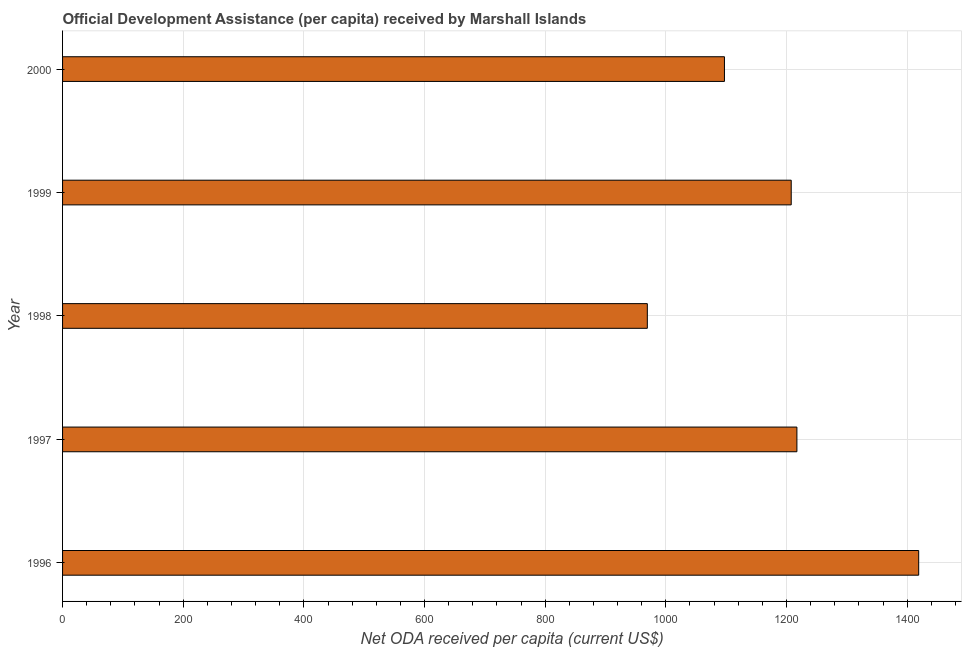
| Year | Net ODA received per capita |
 | --- | --- |
 | 1996 | 1.42e+03 |
 | 1997 | 1.22e+03 |
 | 1998 | 969 |
 | 1999 | 1.21e+03 |
 | 2000 | 1.1e+03 |